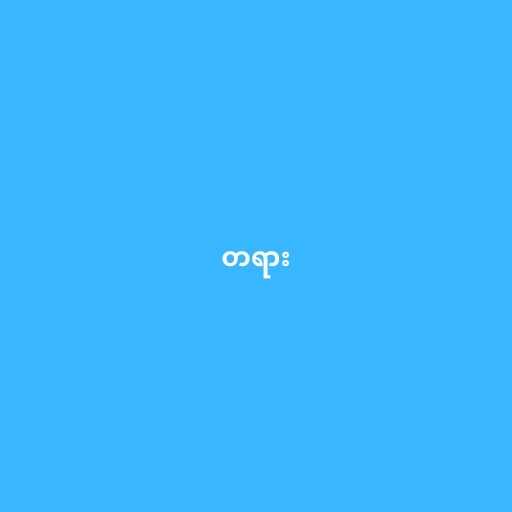
တရား